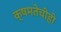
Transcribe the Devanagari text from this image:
क्षमतेचीही